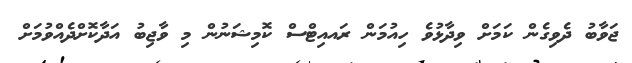
ޖަވާބު ދެވިގެން ކަމަށް ވިދާޅުވެ ހިއުމަން ރައއިޓްސް ކޮމިޝަނުން މި ވާޖިބު އަދާކޮށްދެއްވުމަށް